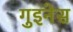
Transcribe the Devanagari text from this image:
गुइनेस